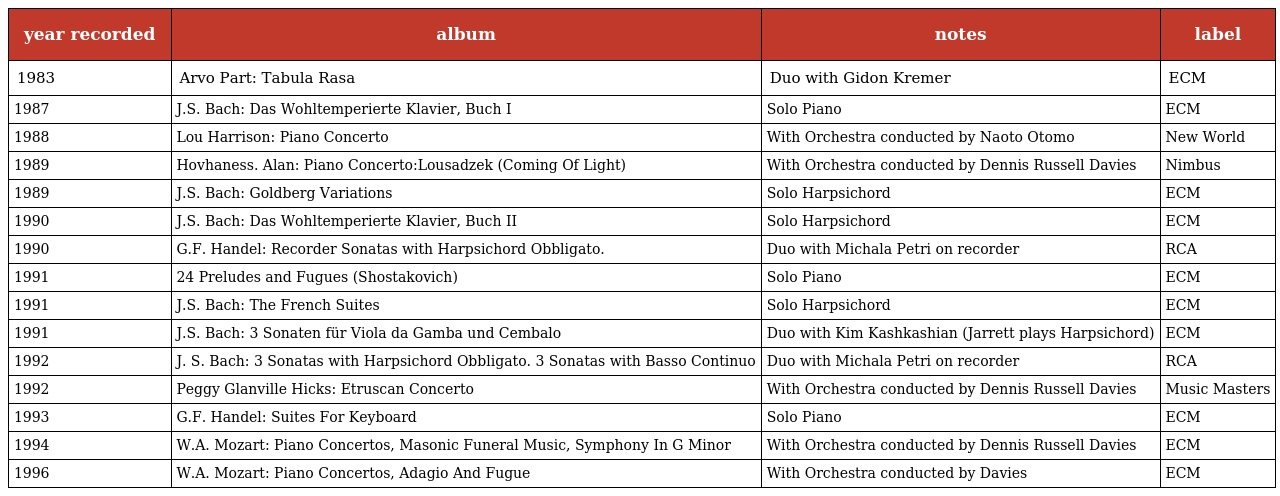
| year recorded | album | notes | label |
 | --- | --- | --- | --- |
 | 1983 | Arvo Part: Tabula Rasa | Duo with Gidon Kremer | ECM |
 | 1987 | J.S. Bach: Das Wohltemperierte Klavier, Buch I | Solo Piano | ECM |
 | 1988 | Lou Harrison: Piano Concerto | With Orchestra conducted by Naoto Otomo | New World |
 | 1989 | Hovhaness. Alan: Piano Concerto:Lousadzek (Coming Of Light) | With Orchestra conducted by Dennis Russell Davies | Nimbus |
 | 1989 | J.S. Bach: Goldberg Variations | Solo Harpsichord | ECM |
 | 1990 | J.S. Bach: Das Wohltemperierte Klavier, Buch II | Solo Harpsichord | ECM |
 | 1990 | G.F. Handel: Recorder Sonatas with Harpsichord Obbligato. | Duo with Michala Petri on recorder | RCA |
 | 1991 | 24 Preludes and Fugues (Shostakovich) | Solo Piano | ECM |
 | 1991 | J.S. Bach: The French Suites | Solo Harpsichord | ECM |
 | 1991 | J.S. Bach: 3 Sonaten für Viola da Gamba und Cembalo | Duo with Kim Kashkashian (Jarrett plays Harpsichord) | ECM |
 | 1992 | J. S. Bach: 3 Sonatas with Harpsichord Obbligato. 3 Sonatas with Basso Continuo | Duo with Michala Petri on recorder | RCA |
 | 1992 | Peggy Glanville Hicks: Etruscan Concerto | With Orchestra conducted by Dennis Russell Davies | Music Masters |
 | 1993 | G.F. Handel: Suites For Keyboard | Solo Piano | ECM |
 | 1994 | W.A. Mozart: Piano Concertos, Masonic Funeral Music, Symphony In G Minor | With Orchestra conducted by Dennis Russell Davies | ECM |
 | 1996 | W.A. Mozart: Piano Concertos, Adagio And Fugue | With Orchestra conducted by Davies | ECM |